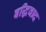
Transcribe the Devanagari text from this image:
बद्धिवाद